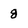
Character: 8